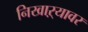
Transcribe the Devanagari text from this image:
निखाऱ्यावर